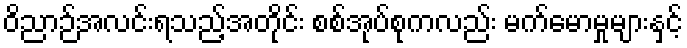
ဝိညာဉ်အလင်းရသည့်အတိုင်း စစ်အုပ်စုကလည်း မက်မောမှုများနှင့်